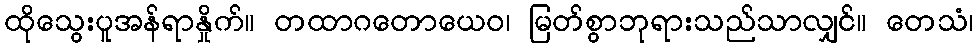
ထိုသွေးပူအန်ရာနှိုက်။ တထာဂတောယေဝ၊ မြတ်စွာဘုရားသည်သာလျှင်။ တေသံ၊